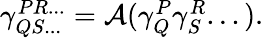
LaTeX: \begin{array}{r}{\gamma_{QS...}^{PR...}=\mathcal A(\gamma_{Q}^{P}\gamma_{S}^{R}...).}\end{array}